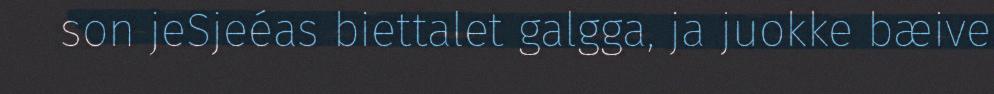
son jeSjeéas biettalet galgga, ja juokke bæive